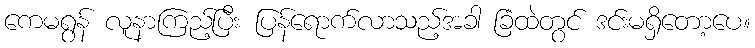
ကေမရွန် လူနာကြည့်ပြီး ပြန်ရောက်လာသည့်အခါ ခြံထဲတွင် ဒင်းမရှိတော့ပေ။